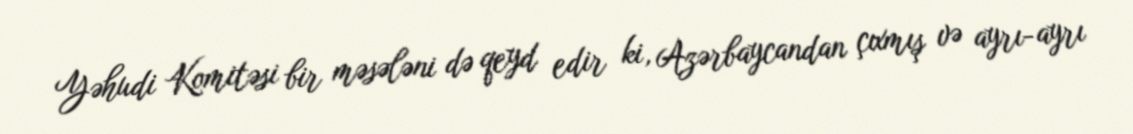
Yəhudi Komitəsi bir məsələni də qeyd edir ki, Azərbaycandan çıxmış və ayrı-ayrı